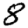
Digit: 8